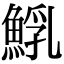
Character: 𩸐